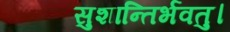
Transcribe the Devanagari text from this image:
सुशान्तिर्भवतु।